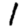
Digit: 1